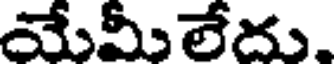
యేమీలేదు.